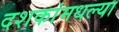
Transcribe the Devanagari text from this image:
दशकांमधल्या